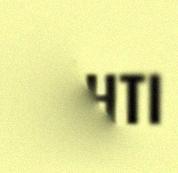
BÅHTI